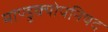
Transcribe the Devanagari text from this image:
माण्डुक्योपनिषद